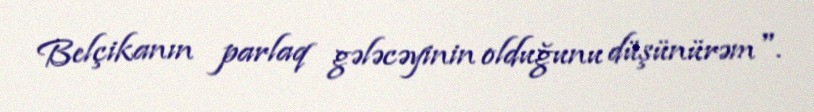
Belçikanın parlaq gələcəyinin olduğunu düşünürəm".